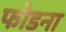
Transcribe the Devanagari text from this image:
फोडना